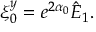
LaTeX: \xi _ { 0 } ^ { y } = e ^ { 2 \alpha _ { 0 } } \hat { E } _ { 1 } .